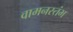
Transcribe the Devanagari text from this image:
वामनस्तंभ